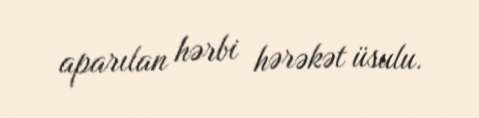
aparılan hərbi hərəkət üsulu.